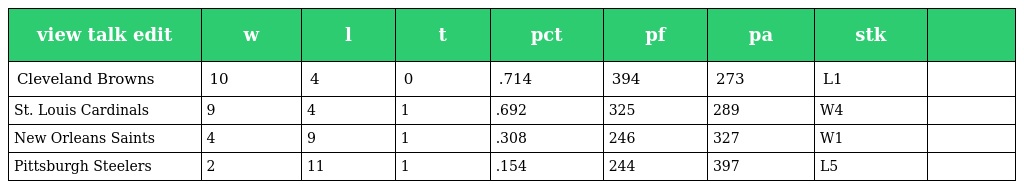
| view talk edit | w | l | t | pct | pf | pa | stk |  |
 | --- | --- | --- | --- | --- | --- | --- | --- | --- |
 | Cleveland Browns | 10 | 4 | 0 | .714 | 394 | 273 | L1 |  |
 | St. Louis Cardinals | 9 | 4 | 1 | .692 | 325 | 289 | W4 |  |
 | New Orleans Saints | 4 | 9 | 1 | .308 | 246 | 327 | W1 |  |
 | Pittsburgh Steelers | 2 | 11 | 1 | .154 | 244 | 397 | L5 |  |